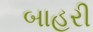
બાહરી